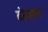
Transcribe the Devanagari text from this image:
ठोठावणे